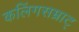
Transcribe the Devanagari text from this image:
कलिंगसम्राट्